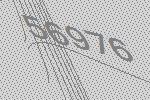
56976